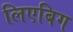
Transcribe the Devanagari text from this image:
लिएबिग